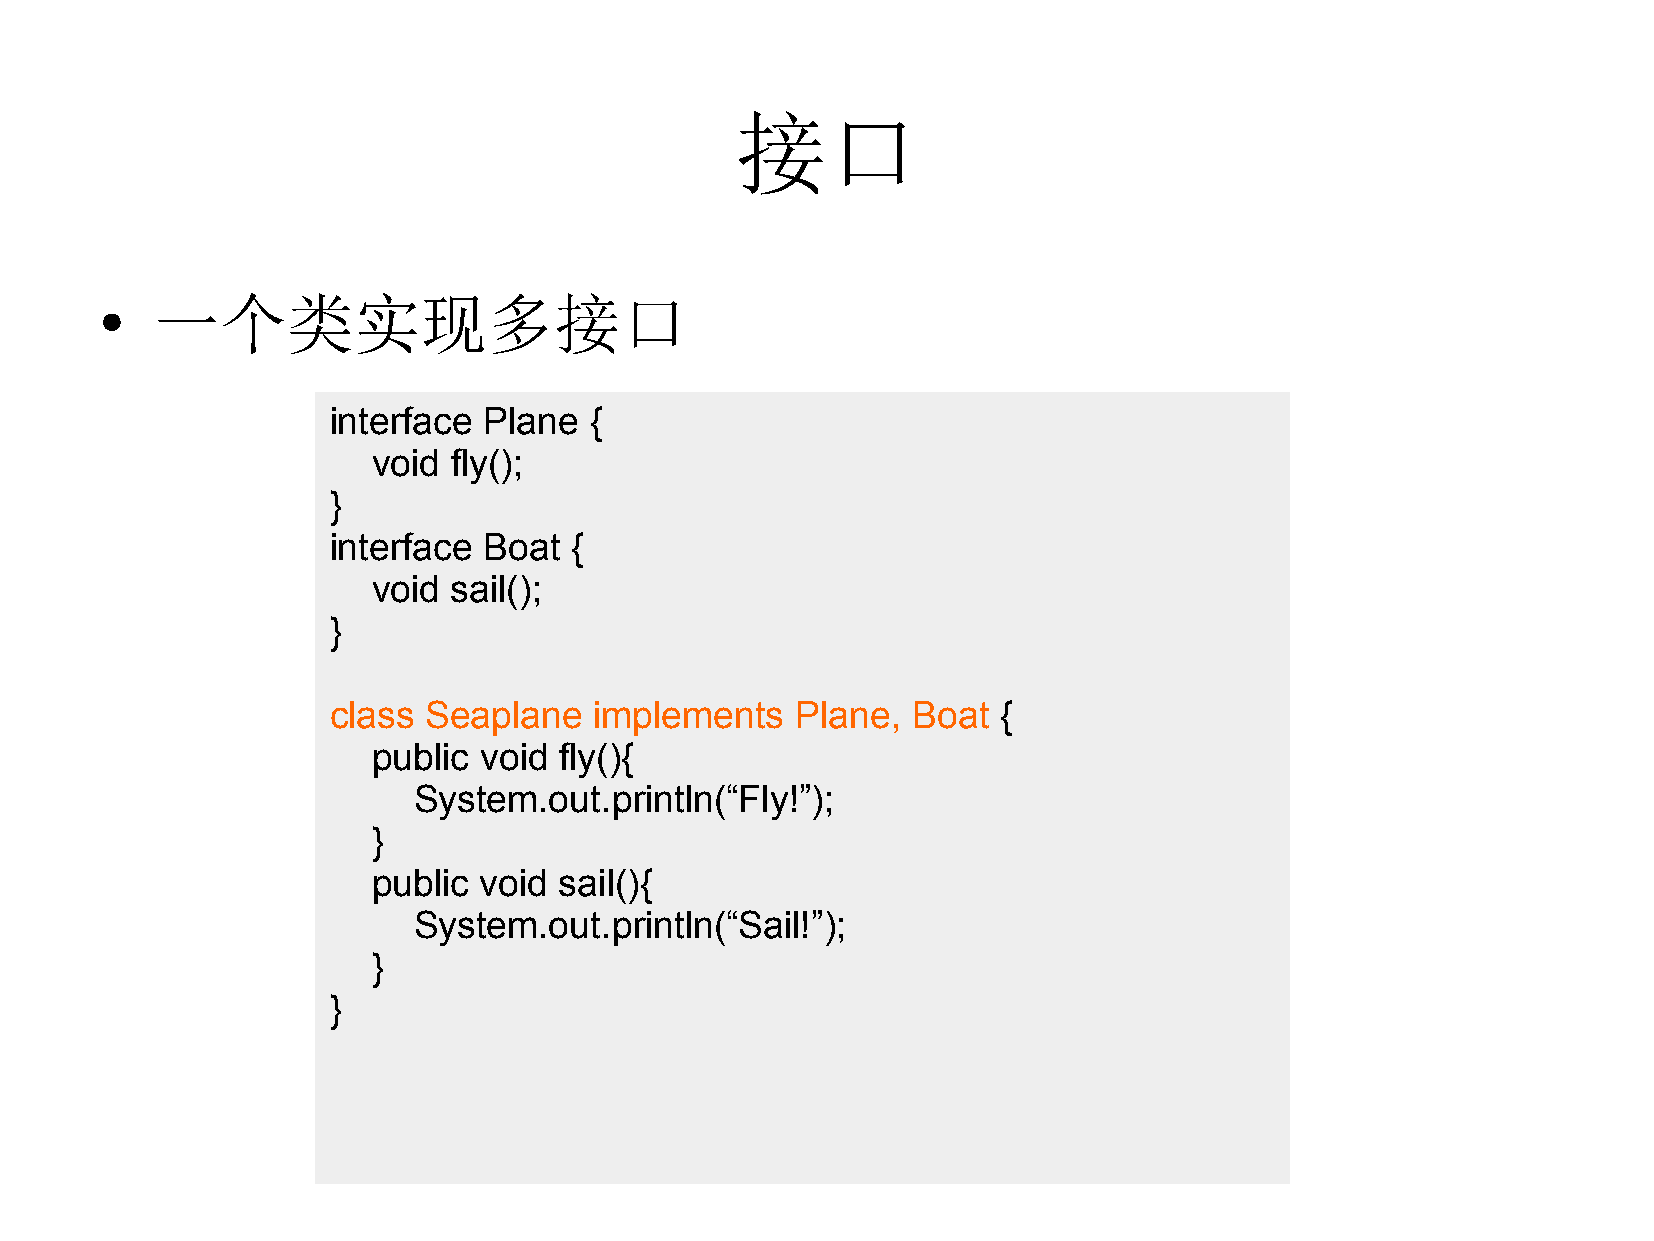
接口
 一个类实现多接口
 ●
 interface Plane  {
 void fly();
 }
 interface Boat  {
 void sail();
 }
 class Seaplane   implements    Plane, Boat  {
 public void fly(){
 System.out.println(“Fly!”);
 }
 public void sail(){
 System.out.println(“Sail!”);
 }
 }